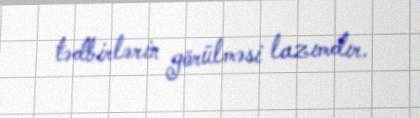
tədbirlərin görülməsi lazımdır.